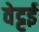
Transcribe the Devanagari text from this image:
वेट्टई